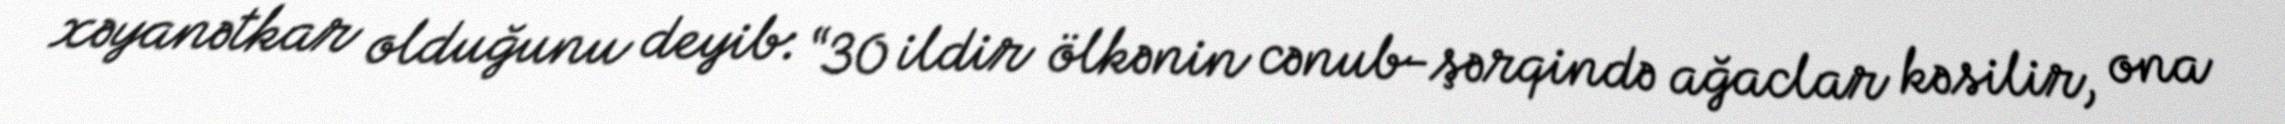
xəyanətkar olduğunu deyib: “30 ildir ölkənin cənub-şərqində ağaclar kəsilir, ona